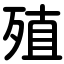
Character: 殖